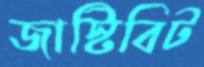
জাস্টিবিট